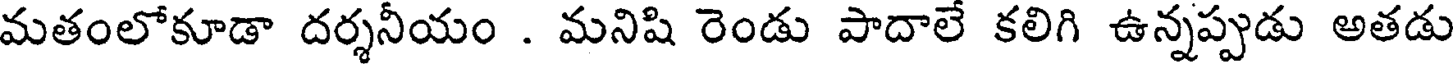
మతంలోకూడా దర్శనీయం . మనిషి రెండు పాదాలే కలిగి ఉన్నప్పుడు అతడు